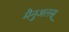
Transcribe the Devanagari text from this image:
मैनुअलस्